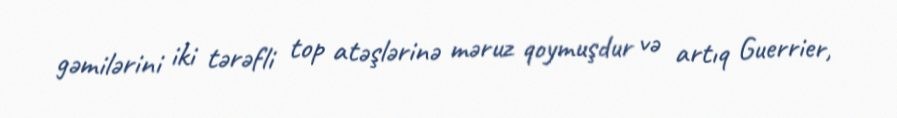
gəmilərini iki tərəfli top atəşlərinə məruz qoymuşdur və artıq Guerrier,